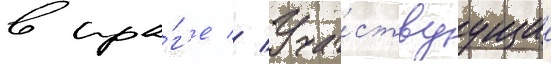
в пра́г'е // Уча́ствуущие